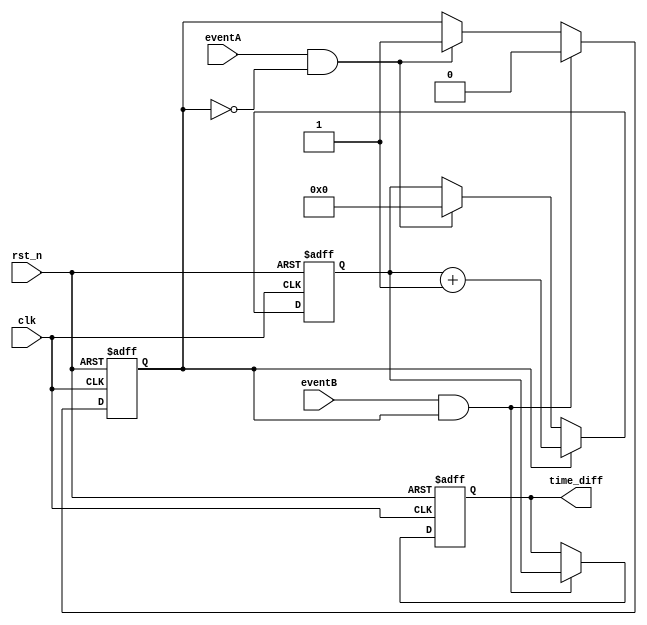
module TDC (
    input wire clk,            // Clock input
    input wire rst_n,          // Asynchronous reset (active low)
    input wire eventA,         // Event A input
    input wire eventB,         // Event B input
    output reg [31:0] time_diff // 32-bit output for time difference
);

    reg [31:0] counter;        // Counter to measure time intervals
    reg counting;              // Flag to indicate counting state

    // Asynchronous reset and initialization
    always @(posedge clk or negedge rst_n) begin
        if (!rst_n) begin
            counter <= 32'b0;  // Reset counter to zero
            time_diff <= 32'b0; // Reset time difference output
            counting <= 1'b0;   // Stop counting
        end
        else begin
            if (eventA && !counting) begin
                counting <= 1'b1; // Start counting on Event A
                counter <= 32'b0;  // Reset counter at Event A
            end
            if (counting) begin
                counter <= counter + 1; // Increment counter on each clock cycle
            end
            if (eventB && counting) begin
                counting <= 1'b0; // Stop counting on Event B
                time_diff <= counter; // Store the count value
            end
        end
    end

endmodule